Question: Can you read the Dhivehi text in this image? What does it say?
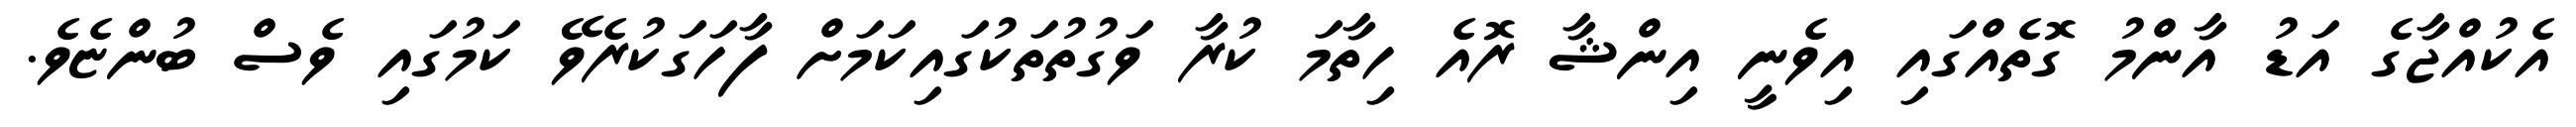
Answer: އެކުއްޖާގެ އަޑު އާންމު ގޮތެއްގައި އިވެނީ އިންޝާ ރޮއެ ހިތާމަ ކުރާ ވަގުތުތަކުގައިކަމަށް ފާހަގަކުރެވޭ ކަމުގައި ވެސް ބުންޏެވެ.